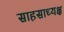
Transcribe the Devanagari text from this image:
साहसाध्यक्ष